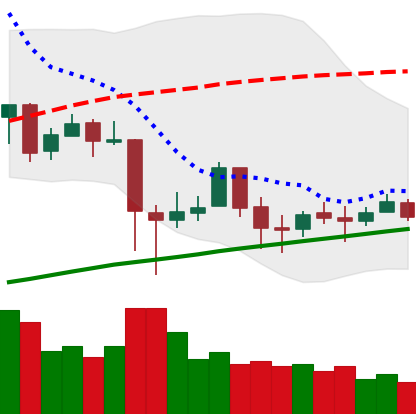
Ticker: BTC-USD
Chart end date: 2018-01-29
Forward return: -18.78%
Label: down_7plus